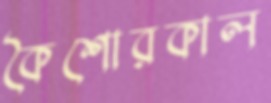
কৈশোরকাল